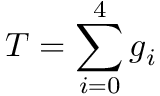
T = \sum _ { i = 0 } ^ { 4 } g _ { i }